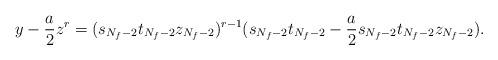
LaTeX: \begin{align*}y-\frac{a}{2}z^r=(s_{N_f-2}t_{N_f-2}z_{N_f-2})^{r-1}(s_{N_f-2}t_{N_f-2}-\frac{a}{2}s_{N_f-2}t_{N_f-2}z_{N_f-2}).\end{align*}